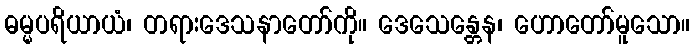
ဓမ္မပရိယာယံ၊ တရားဒေသနာတော်ကို။ ဒေသေန္တေန၊ ဟောတော်မူသော။